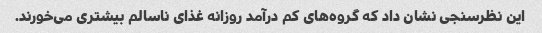
این نظرسنجی نشان داد که گروه‌های کم درآمد روزانه غذای ناسالم بیشتری می‌خورند.